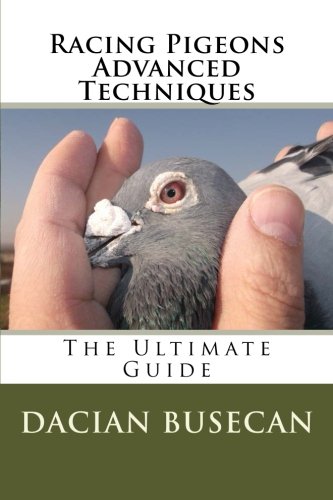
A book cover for Racing Pigeons Advanced Techniques: The Ultimate Guide; Dacian Busecan; Crafts, Hobbies & Home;